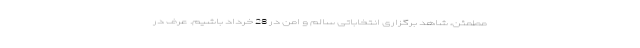
مطمئن، شاهد برگزاری انتخاباتی سالم و امن در 28 خرداد باشیم. عرف در